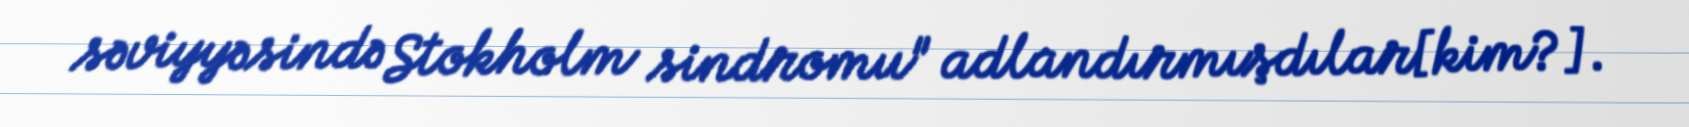
səviyyəsində Stokholm sindromu" adlandırmışdılar[kim?].